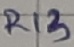
Text: R13